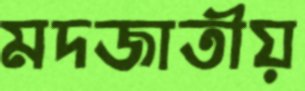
মদজাতীয়